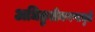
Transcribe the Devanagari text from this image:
अधिक्रुतीकरणामुळे